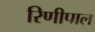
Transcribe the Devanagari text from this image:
रिणीपाल